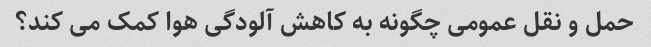
حمل و نقل عمومی چگونه به کاهش آلودگی هوا کمک می کند؟